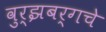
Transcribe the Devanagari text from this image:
वुर्झबर्गचे